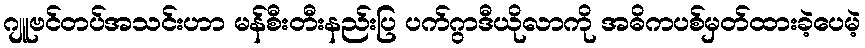
ဂျူဗင်တပ်အသင်းဟာ မန်စီးတီးနည်းပြ ပက်ဂွာဒီယိုလာကို အဓိကပစ်မှတ်ထားခဲ့ပေမဲ့